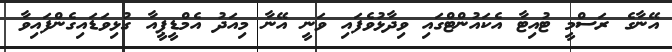
އޭނާގެ ރަސްމީ ޓުއިޓާ އެކައުންޓްގައި ވިދާޅުވެފައި ވަނީ އޭނާ މިއަދު އެމްޑީޕީއާ ގުޅިވަޑައިގެންފައިވާ